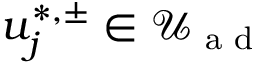
u _ { j } ^ { \ast , \pm } \in \mathcal { U } _ { \textrm { a d } }